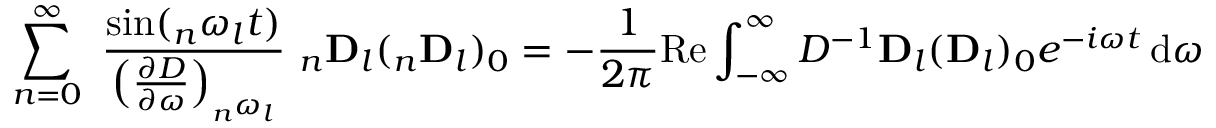
\sum _ { n = 0 } ^ { \infty } \ \frac { \sin ( _ { n } \omega _ { l } t ) } { \left( \frac { \partial D } { \partial \omega } \right) _ { _ { n } \omega _ { l } } } \ _ { n } \mathbf { D } _ { l } ( _ { n } \mathbf { D } _ { l } ) _ { 0 } = - \frac { 1 } { 2 \pi } \mathrm { R e } \int _ { - \infty } ^ { \infty } D ^ { - 1 } \mathbf { D } _ { l } ( \mathbf { D } _ { l } ) _ { 0 } e ^ { - i \omega t } \operatorname { d } \! \omega